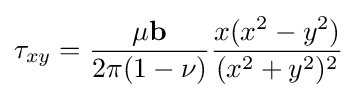
\tau _{xy}={\frac {\mu \mathbf {b} }{2\pi (1-\nu )}}{\frac {x(x^{2}-y^{2})}{(x^{2}+y^{2})^{2}}}